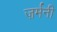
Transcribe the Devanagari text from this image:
ज़र्मनी